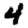
Digit: 4